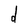
Character: d